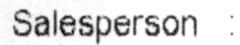
SALESPERSON :